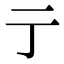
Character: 亍